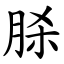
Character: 脎